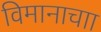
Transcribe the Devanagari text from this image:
विमानाचाा